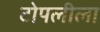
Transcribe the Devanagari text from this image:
टोपलीला